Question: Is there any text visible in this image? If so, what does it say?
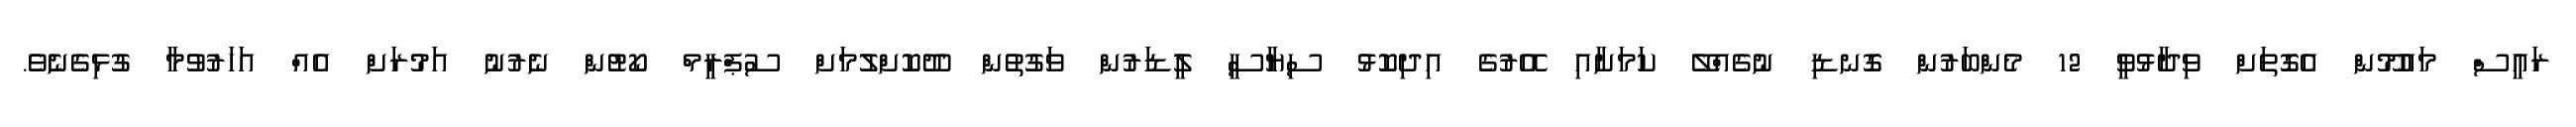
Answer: ރައީސް މައުމޫން އެގޮތަށް ވިދާޅުވީ 12 މެންބަރުން ގޮނޑި ނުގެއްލޭ ކަމަށާއި އޭރުގެ އިދިކޮޅު ސިޔާސީ ލީޑަރުން ވަގުތުން ދޫކޮށްލުމަށް ސުޕްރީމް ކޯޓުން ނެރުނު އަމުރަށް އެއް އަހަރުވުމާ ގުޅިގެނެވެ.